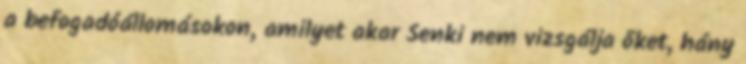
a befogadóállomásokon, amilyet akar Senki nem vizsgálja őket, hány